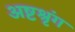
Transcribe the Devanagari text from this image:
अष्टश्रृंग